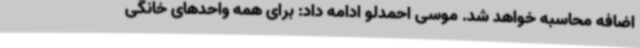
اضافه محاسبه خواهد شد. موسی احمدلو ادامه داد: برای همه واحدهای خانگی